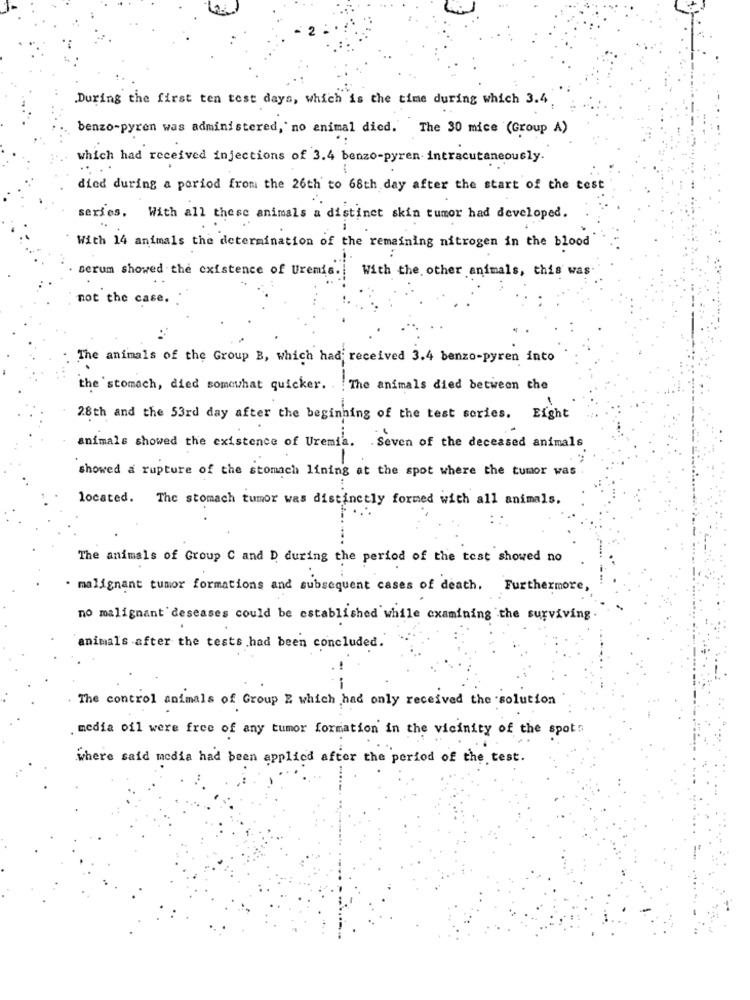
During the first ten test days, which is the time during which 3.4
benzo-pyren was administered, no animal died. The 30 mice (Group A)
which had received injections of 3.4 benzo-pyren intracutaneously.
....
died during a period from the 26th to 68th day after the start of the test
series, With all these animals a distinct skin tumor had developed.
With 14 animals the determination of the remaining nitrogen in the blood
serum showed the existence of Uremis .!
With the other animals, this was
not the case.
The animals of the Group B, which had received 3.4 benzo-pyren into
the 'stomach, died somewhat quicker. . . The animals died between the
28th and the 53rd day after the beginning of the test series. Eight
animals showed the existence of Uremia. . Seven of the deceased animals
showed a rupture of the stomach lining at the spot where the tumor was
located. The stomach tumor was distinctly formed with all animals,
The animals of Group C and D during the period of the test showed no
. malignant tumor formations and subsequent cases of death. Furthermore,
no malignant deseases could be established while examining the surviving
animals after the tests had been concluded.
--
The control animals of Group E which had only received the solution
media oil were free of any tumor formation in the vicinity of the spot
where said media had been applied after the period of the test.